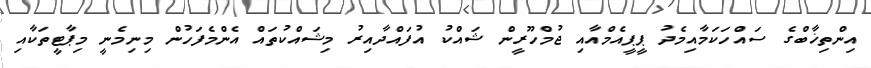
އިންތިޚާބްގެ ސައްހަކަމާއިމެދު ޕީޕީއެމްއާއި ޖުމްހޫރީން ޝައްކު އުފައްދާއިރު މިޝައްކުތައް އެންމެފަހުން މިނިމެނީ މިޕާޓީތަކާއި